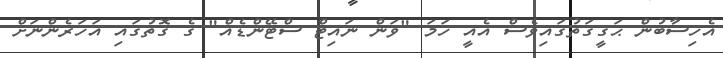
އެހިސާބުން ޙަޤީޤަތުގައިވެސް އެއީ ހަމަ "ވަން ނައިޓް ސްޓޭންޑެއް" ގެ ގޮތުގައި އަހަރެންނަށް